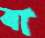
ত্রা